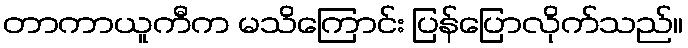
တာကာယူကီက မသိကြောင်း ပြန်ပြောလိုက်သည်။